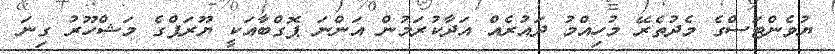
ޔުވެންޓަސްގެ މެދުތެރޭ މުހިއްމު ދައުރެއް އަދާކުރަމުން އަންނަ ޕޮގްބާއަކީ ޔޫރަޕްގެ މަޝްހޫރު ގިނަ